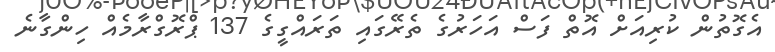
އެގޮތުން ކުރިއަށް އޮތް ފަސް އަހަރުގެ ތެރޭގައި ތަރައްގީގެ 137 ޕްރޮގްރާމެއް ހިންގާނެ